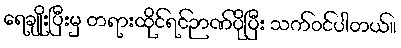
ရေချိုးပြီးမှ တရားထိုင်ရင်ဉာဏ်ပိုပြီး သက်ဝင်ပါတယ်။